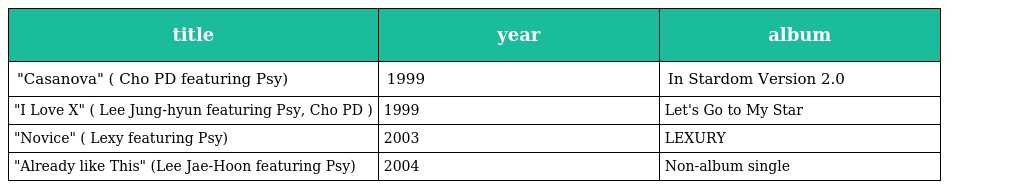
| title | year | album |
 | --- | --- | --- |
 | "Casanova" ( Cho PD featuring Psy) | 1999 | In Stardom Version 2.0 |
 | "I Love X" ( Lee Jung-hyun featuring Psy, Cho PD ) | 1999 | Let's Go to My Star |
 | "Novice" ( Lexy featuring Psy) | 2003 | LEXURY |
 | "Already like This" (Lee Jae-Hoon featuring Psy) | 2004 | Non-album single |